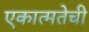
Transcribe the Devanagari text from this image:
एकात्मतेची